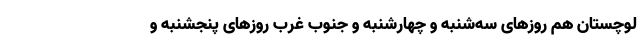
لوچستان هم روز‌های سه‌شنبه و چهارشنبه و جنوب غرب روز‌های پنجشنبه و